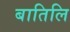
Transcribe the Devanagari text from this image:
बातिलि